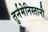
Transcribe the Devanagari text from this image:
तुर्नमेनिस्तानी